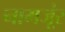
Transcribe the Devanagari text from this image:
नामजूंर